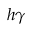
h \gamma